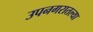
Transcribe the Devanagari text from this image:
उपनगरातल्या